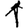
Digit: 1